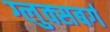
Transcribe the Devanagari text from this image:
ग्लुक्सबर्ग